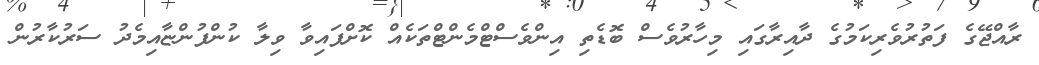
ރާއްޖޭގެ ފަތުރުވެރިކަމުގެ ދާއިރާގައި މިހާރުވެސް ބޮޑެތި އިންވެސްޓްމެންޓްތަކެއް ކޮށްފައިވާ ވިލާ ކުންފުންޏާއިމެދު ސަރުކާރުން